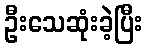
ဦးသေဆုံးခဲ့ပြီး